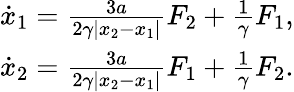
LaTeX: \begin{array}{r}{\dot{x}_{1}=\frac{3a}{2\gamma|x_{2}-x_{1}|}F_{2}+\frac{1}{\gamma}F_{1},}\\ {\dot{x}_{2}=\frac{3a}{2\gamma|x_{2}-x_{1}|}F_{1}+\frac{1}{\gamma}F_{2}.}\end{array}